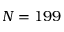
N = 1 9 9